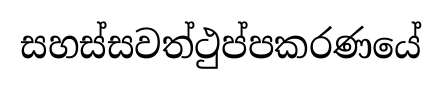
සහස්සවත්ථුප්පකරණයේ